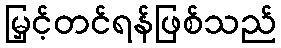
မြှင့်တင်ရန်ဖြစ်သည်